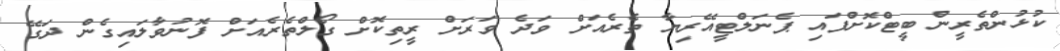
ކުޅުންތެރީން ބީޓްކޮށްފައި ޕެނަލްޓީއޭރިޔާ ތެރެއަށް ވަދެ ވަރަށް ރީތިކޮށް ގޯލްތެރެއަށް ފޮނުވާލައިގެން ދަގޭ